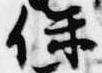
保